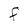
Character: F